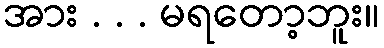
အား . . . မရတော့ဘူး။